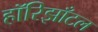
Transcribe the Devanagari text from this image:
हॉरिझाँटल